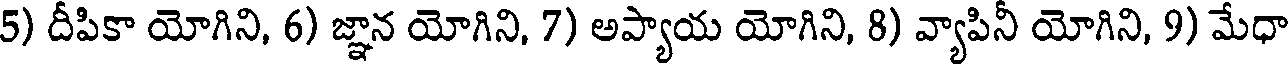
5) దీపికా యోగిని, 6) జ్ఞాన యోగిని, 7) అప్యాయ యోగిని, 8) వ్యాపినీ యోగిని, 9) మేధా